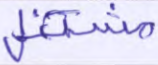
مشتغل